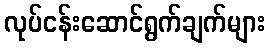
လုပ်ငန်းဆောင်ရွက်ချက်များ